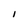
Character: I